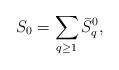
LaTeX: \begin{align*} S_0=\sum_{q\geq 1}\bar{S}^0_q, \end{align*}